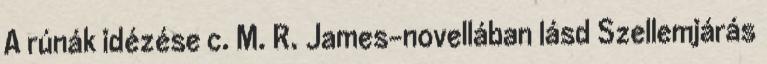
A rúnák idézése c. M. R. James-novellában lásd Szellemjárás